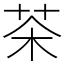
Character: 茶